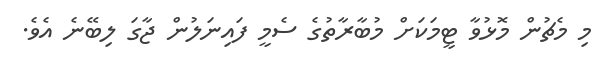
މި މެޗުން މޮޅުވާ ޓީމަކަށް މުބާރާތުގެ ސެމީ ފައިނަލުން ޖާގަ ލިބޭނެ އެވެ.